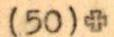
(50)+